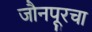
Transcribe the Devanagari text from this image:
जौनपूरचा